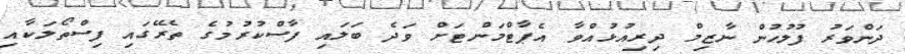
ދަންވަރު ފުލުހުން ނާޒިމް ދިރިއުޅުއްވާ އެޕާޓްމަންޓަށް ވަދެ ބަލައި ފާސްކުރުމުގެ ތެރޭގައި ފިސްތޯލަކާއި